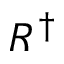
R ^ { \dagger }